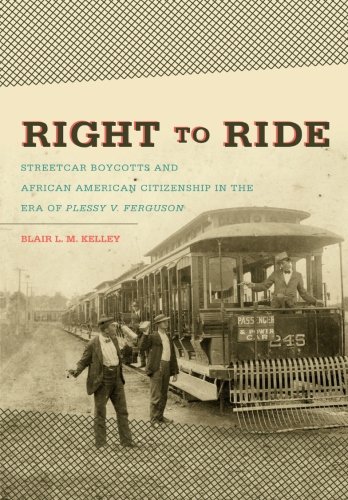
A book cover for Right to Ride: Streetcar Boycotts and African American Citizenship in the Era of Plessy v. Ferguson (The John Hope Franklin Series in African American History and Culture); Blair L. M. Kelley; Engineering & Transportation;